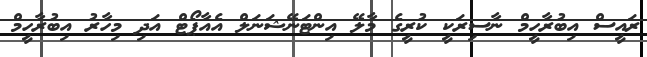
ރައީސް އިބުރާހީމް ނާސިރަކީ ކުރީގެ މާލޭ އިންޓަނޭޝަނަލް އެއާޕޯޓް އަދި މިހާރު އިބުރާހީމް